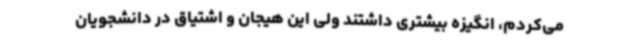
می‌کردم، انگیزه بیشتری داشتند ولی این هیجان و اشتیاق در دانشجویان